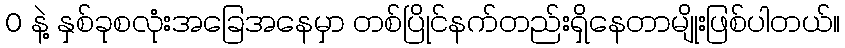
0 နဲ့ နှစ်ခုစလုံးအခြေအနေမှာ တစ်ပြိုင်နက်တည်းရှိနေတာမျိုးဖြစ်ပါတယ်။